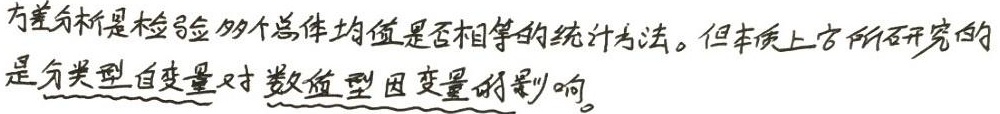
方差分析是检验多个总体均值是否相等的统计方法。但本质上它所研究的是分类型自变量对数值型因变量的影响。